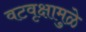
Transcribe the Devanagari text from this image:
वटवृक्षामुळे